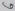
Text: 6